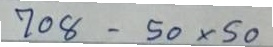
708 - 50 x 50